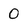
Character: 0